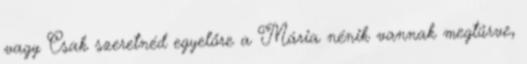
vagy Csak szeretnéd egyelőre a Mária nénik vannak megtűrve,